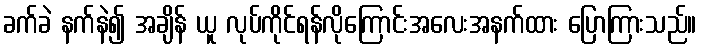
ခက်ခဲ နက်နဲ၍ အချိန် ယူ လုပ်ကိုင်ရန်လိုကြောင်းအလေးအနက်ထား ပြောကြားသည်။